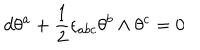
LaTeX: d \theta ^ { a } + { \frac { 1 } { 2 } } \epsilon _ { a b c } \theta ^ { b } \wedge \theta ^ { c } = 0